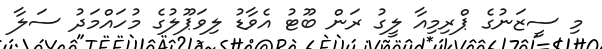
މި ސީޒަނުގެ ޕްރިމިއާ ލީގު ރަން ބޫޓު އެވާޑު ލިވަޕޫލުގެ މުހައްމަދު ސަލާ